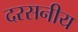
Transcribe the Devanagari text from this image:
दरसनीय